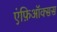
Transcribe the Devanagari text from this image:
एंफ़िऑक्सस